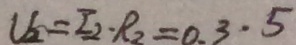
U _ { 2 } = I _ { 2 } \cdot R _ { 2 } = 0 . 3 \cdot 5